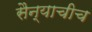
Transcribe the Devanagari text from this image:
सैन्याचीच